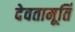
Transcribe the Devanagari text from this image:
देवतामूर्ति